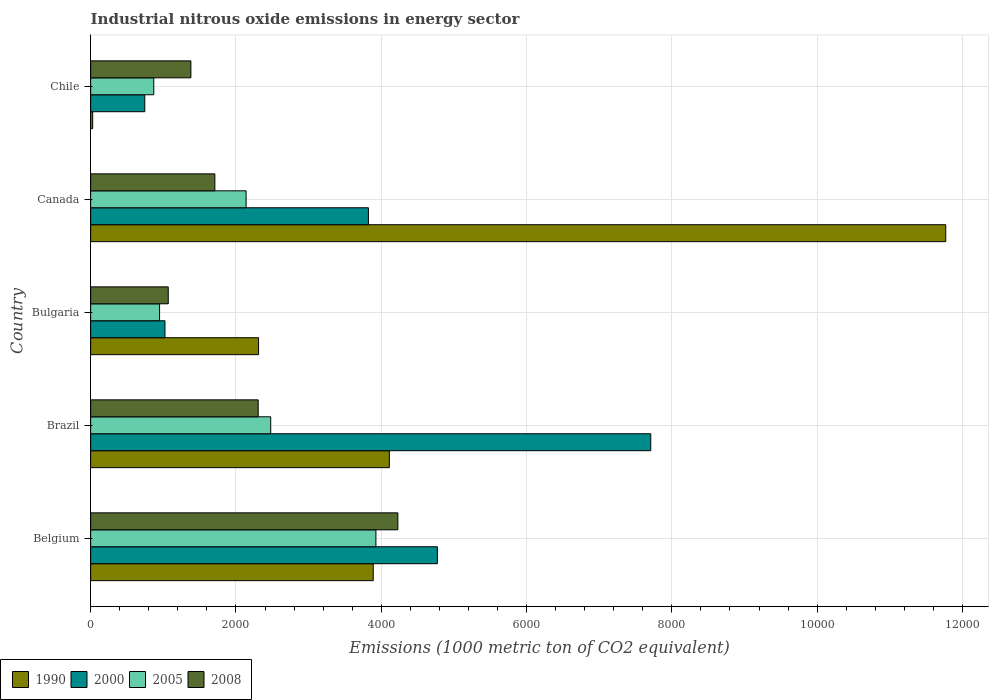
| Country | 1990 | 2000 | 2005 | 2008 |
 | --- | --- | --- | --- | --- |
 | Belgium | 3.89e+03 | 4.77e+03 | 3.93e+03 | 4.23e+03 |
 | Brazil | 4.11e+03 | 7.71e+03 | 2.48e+03 | 2.31e+03 |
 | Bulgaria | 2.31e+03 | 1.02e+03 | 949 | 1.07e+03 |
 | Canada | 1.18e+04 | 3.82e+03 | 2.14e+03 | 1.71e+03 |
 | Chile | 27.9 | 745 | 869 | 1.38e+03 |